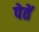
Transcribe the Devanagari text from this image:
पेतें